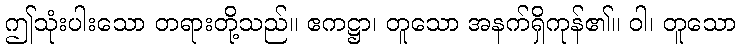
ဤသုံးပါးသော တရားတို့သည်။ ဧကဋ္ဌာ၊ တူသော အနက်ရှိကုန်၏။ ဝါ၊ တူသော